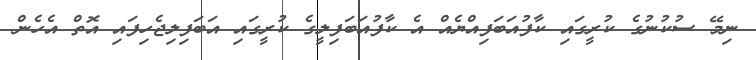
ނިމޭ ސުކުނުގެ ކުރީގައި ކާފުއަބަފިއްޔެއް އެ ކާފުއަބަފިލީގެ ކުރީގައި އަބަފިލިޖެހިފައި އޮތް އެހެން